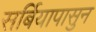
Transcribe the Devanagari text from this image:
सर्बियापासुन